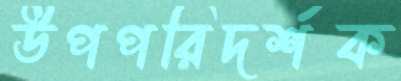
উপপরিদর্শক